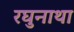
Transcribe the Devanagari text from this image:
रघुनाथा